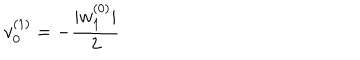
LaTeX: v _ { 0 } ^ { ( 1 ) } = - \frac { | w _ { 1 } ^ { ( 0 ) } | } { 2 }